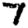
Digit: 7